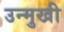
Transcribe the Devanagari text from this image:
उन्‍मुखी